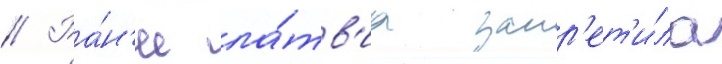
// Ра́н'ее ла́тв'иа запр'ет'и́ла